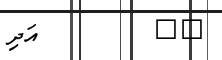
٤٢         އަދި